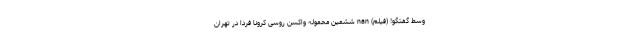
وسط گفتگو! (فیلم) nan ششمین محموله واکسن روسی کرونا فردا در تهران